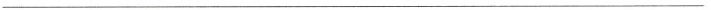
___